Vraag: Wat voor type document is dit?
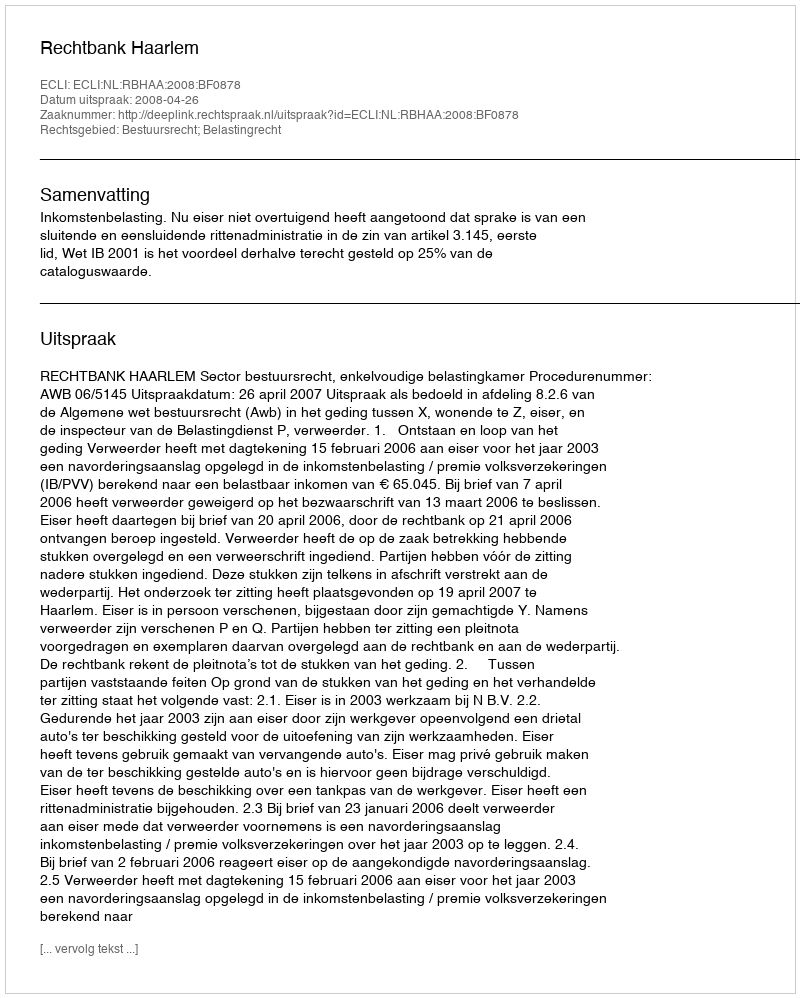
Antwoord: Uitspraak